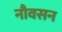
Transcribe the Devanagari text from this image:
नौवसन